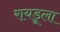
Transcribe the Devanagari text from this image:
रायडूला